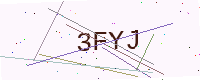
Text: 3FYJ